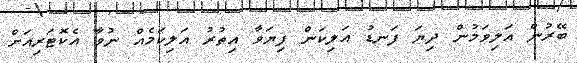
ބޭރުން އަލިވަމުން ދިޔަ ފަނޑު އަލިކަން ފިޔަވާ އިތުރު އަލިކަމެއް ނުވާ އެކޮޓަރިއަށް